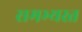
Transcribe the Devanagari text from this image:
समभ्यस्त